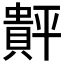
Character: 𲂴